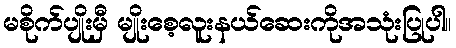
မစိုက်ပျိုးမှီ မျိုးစေ့လူးနယ်ဆေးကိုအသုံးပြုပါ။